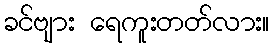
ခင်ဗျား ရေကူးတတ်လား။